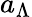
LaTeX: a_{\Lambda}